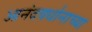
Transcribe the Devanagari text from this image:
आनंदवर्धानाच्या